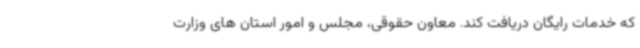
که خدمات رایگان دریافت کند. معاون حقوقی، مجلس و امور استان های وزارت